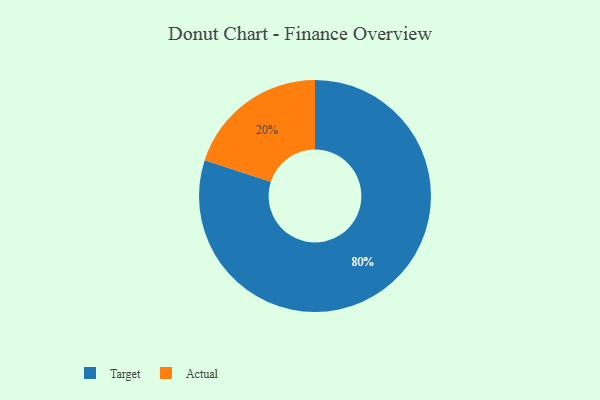
{"axis": {"x": "Category", "y": "Percentage"}, "legend": ["Actual", "Target"], "data": [{"x": "Actual", "y": 20, "type": "Actual"}, {"x": "Target", "y": 80, "type": "Target"}]}